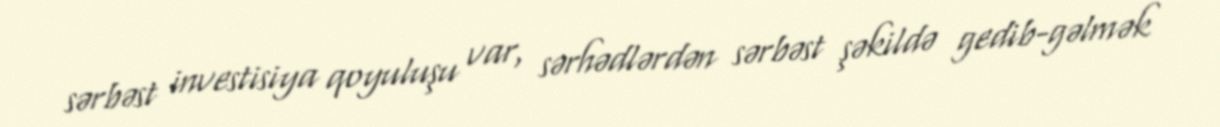
sərbəst investisiya qoyuluşu var, sərhədlərdən sərbəst şəkildə gedib-gəlmək